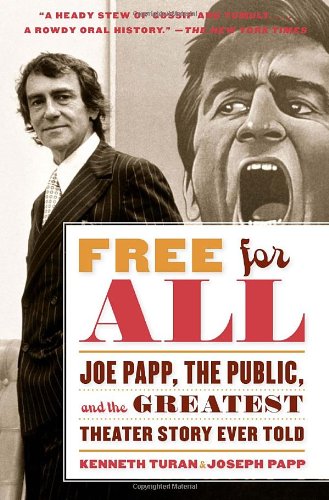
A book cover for Free for All: Joe Papp, The Public, and the Greatest Theater Story Ever Told; Kenneth Turan; Humor & Entertainment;